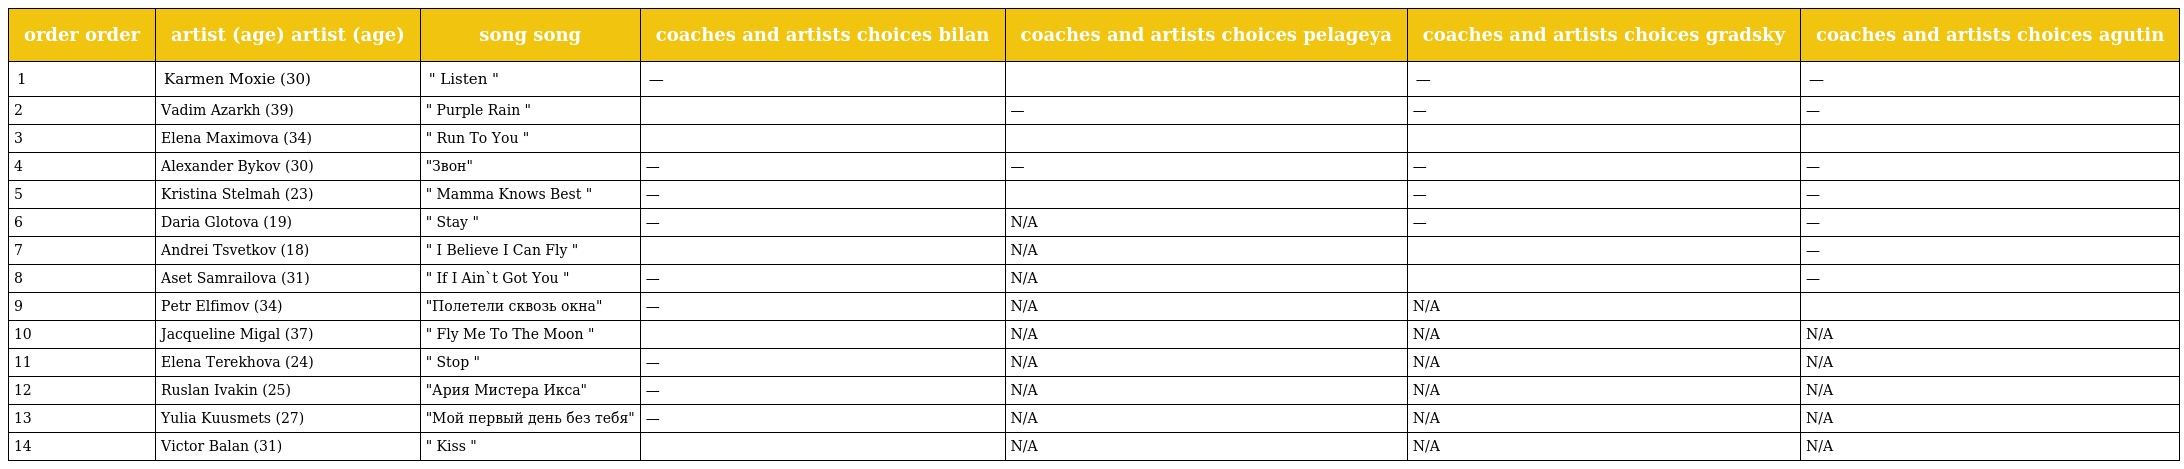
| order order | artist (age) artist (age) | song song | coaches and artists choices bilan | coaches and artists choices pelageya | coaches and artists choices gradsky | coaches and artists choices agutin |
 | --- | --- | --- | --- | --- | --- | --- |
 | 1 | Karmen Moxie (30) | " Listen " | — |  | — | — |
 | 2 | Vadim Azarkh (39) | " Purple Rain " |  | — | — | — |
 | 3 | Elena Maximova (34) | " Run To You " |  |  |  |  |
 | 4 | Alexander Bykov (30) | "Звон" | — | — | — | — |
 | 5 | Kristina Stelmah (23) | " Mamma Knows Best " | — |  | — | — |
 | 6 | Daria Glotova (19) | " Stay " | — | N/A | — | — |
 | 7 | Andrei Tsvetkov (18) | " I Believe I Can Fly " |  | N/A |  | — |
 | 8 | Aset Samrailova (31) | " If I Ain`t Got You " | — | N/A |  | — |
 | 9 | Petr Elfimov (34) | "Полетели сквозь окна" | — | N/A | N/A |  |
 | 10 | Jacqueline Migal (37) | " Fly Me To The Moon " |  | N/A | N/A | N/A |
 | 11 | Elena Terekhova (24) | " Stop " | — | N/A | N/A | N/A |
 | 12 | Ruslan Ivakin (25) | "Ария Мистера Икса" | — | N/A | N/A | N/A |
 | 13 | Yulia Kuusmets (27) | "Мой первый день без тебя" | — | N/A | N/A | N/A |
 | 14 | Victor Balan (31) | " Kiss " |  | N/A | N/A | N/A |